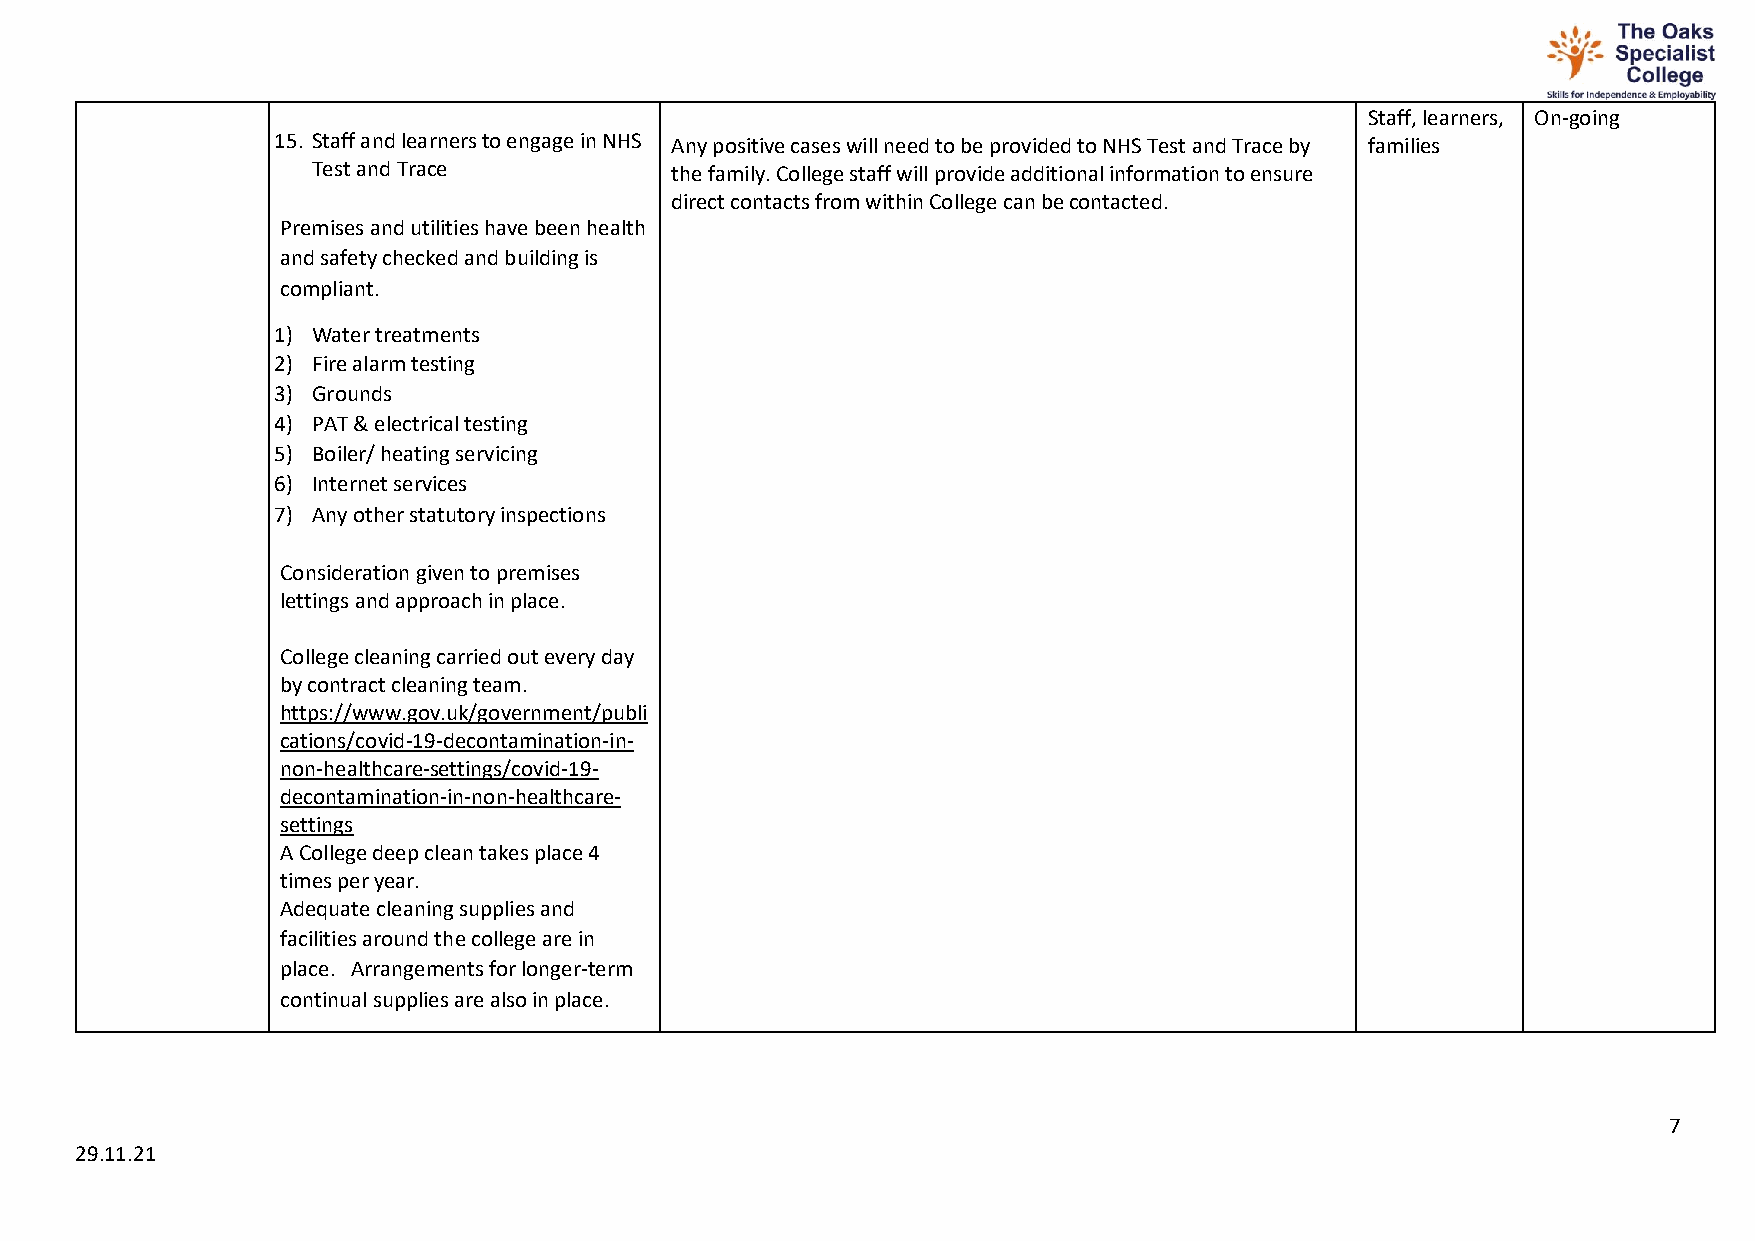
Staff, learners, On-going
 15. Staff and learners to engage in NHS Any positive cases will need to be provided to NHS Test and Trace by families
 Test and Trace         the family. College staff will provide additional information to ensure
 direct contacts from within College can be contacted.
 Premises and utilities have been health
 and safety checked and building is
 compliant.
 1) Water treatments
 2) Fire alarm testing
 3) Grounds
 4) PAT & electrical testing
 5) Boiler/ heating servicing
 6) Internet services
 7) Any other statutory inspections
 Consideration given to premises
 lettings and approach in place.
 College cleaning carried out every day
 by contract cleaning team.
 https://www.gov.uk/government/publi
 cations/covid-19-decontamination-in-
 non-healthcare-settings/covid-19-
 decontamination-in-non-healthcare-
 settings
 A College deep clean takes place 4
 times per year.
 Adequate cleaning supplies and
 facilities around the college are in
 place. Arrangements for longer-term
 continual supplies are also in place.
 7
 29.11.21